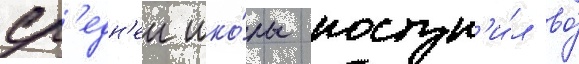
ср'едн'еи шко́лы поступ'и́л во́